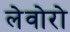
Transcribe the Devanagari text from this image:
लेवोरो